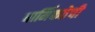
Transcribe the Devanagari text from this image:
धार्मिकतेची